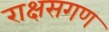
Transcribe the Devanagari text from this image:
राक्षसगण